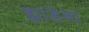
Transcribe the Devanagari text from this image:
झाडेवा